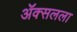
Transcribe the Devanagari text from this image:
ॲक्सलला